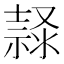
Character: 𱧲